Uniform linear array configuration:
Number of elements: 64
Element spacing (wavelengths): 0.25
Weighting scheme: exponential
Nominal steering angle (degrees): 15
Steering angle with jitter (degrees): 13.051
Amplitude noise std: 0.05
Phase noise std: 0.05

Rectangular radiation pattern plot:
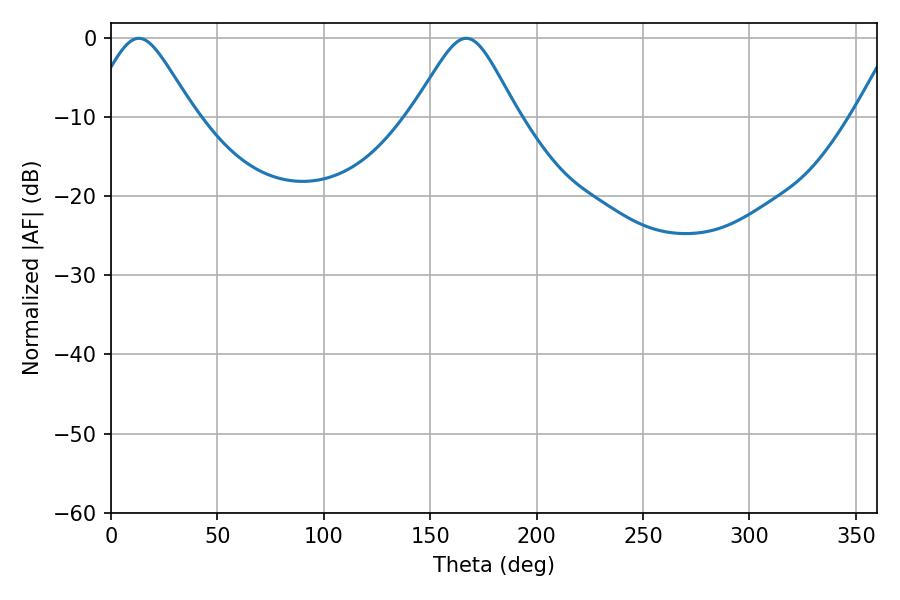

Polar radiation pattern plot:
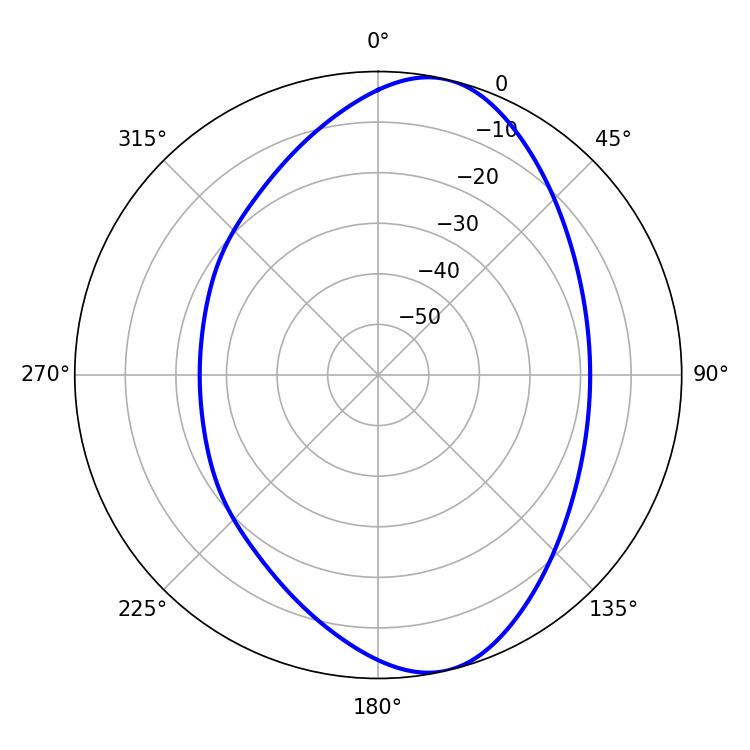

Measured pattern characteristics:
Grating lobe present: FALSE
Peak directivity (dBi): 9.114
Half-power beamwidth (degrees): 23.94
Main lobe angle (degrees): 13.14